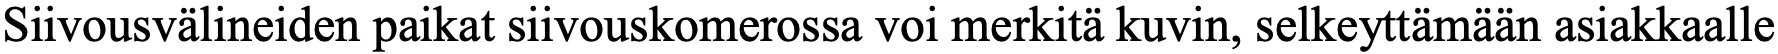
Siivousvälineiden paikat siivouskomerossa voi merkitä kuvin, selkeyttämään asiakkaalle